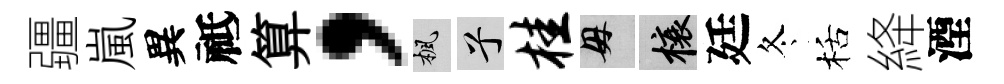
疆嵐異祗算，楓兮桂母榱廷冬栝絳湮